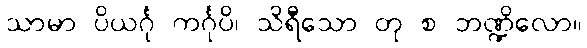
သာမာ ပိယင်္ဂု ကင်္ဂုပိ၊ သိရီသော တု စ ဘဏ္ဍိလော။